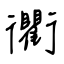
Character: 衢